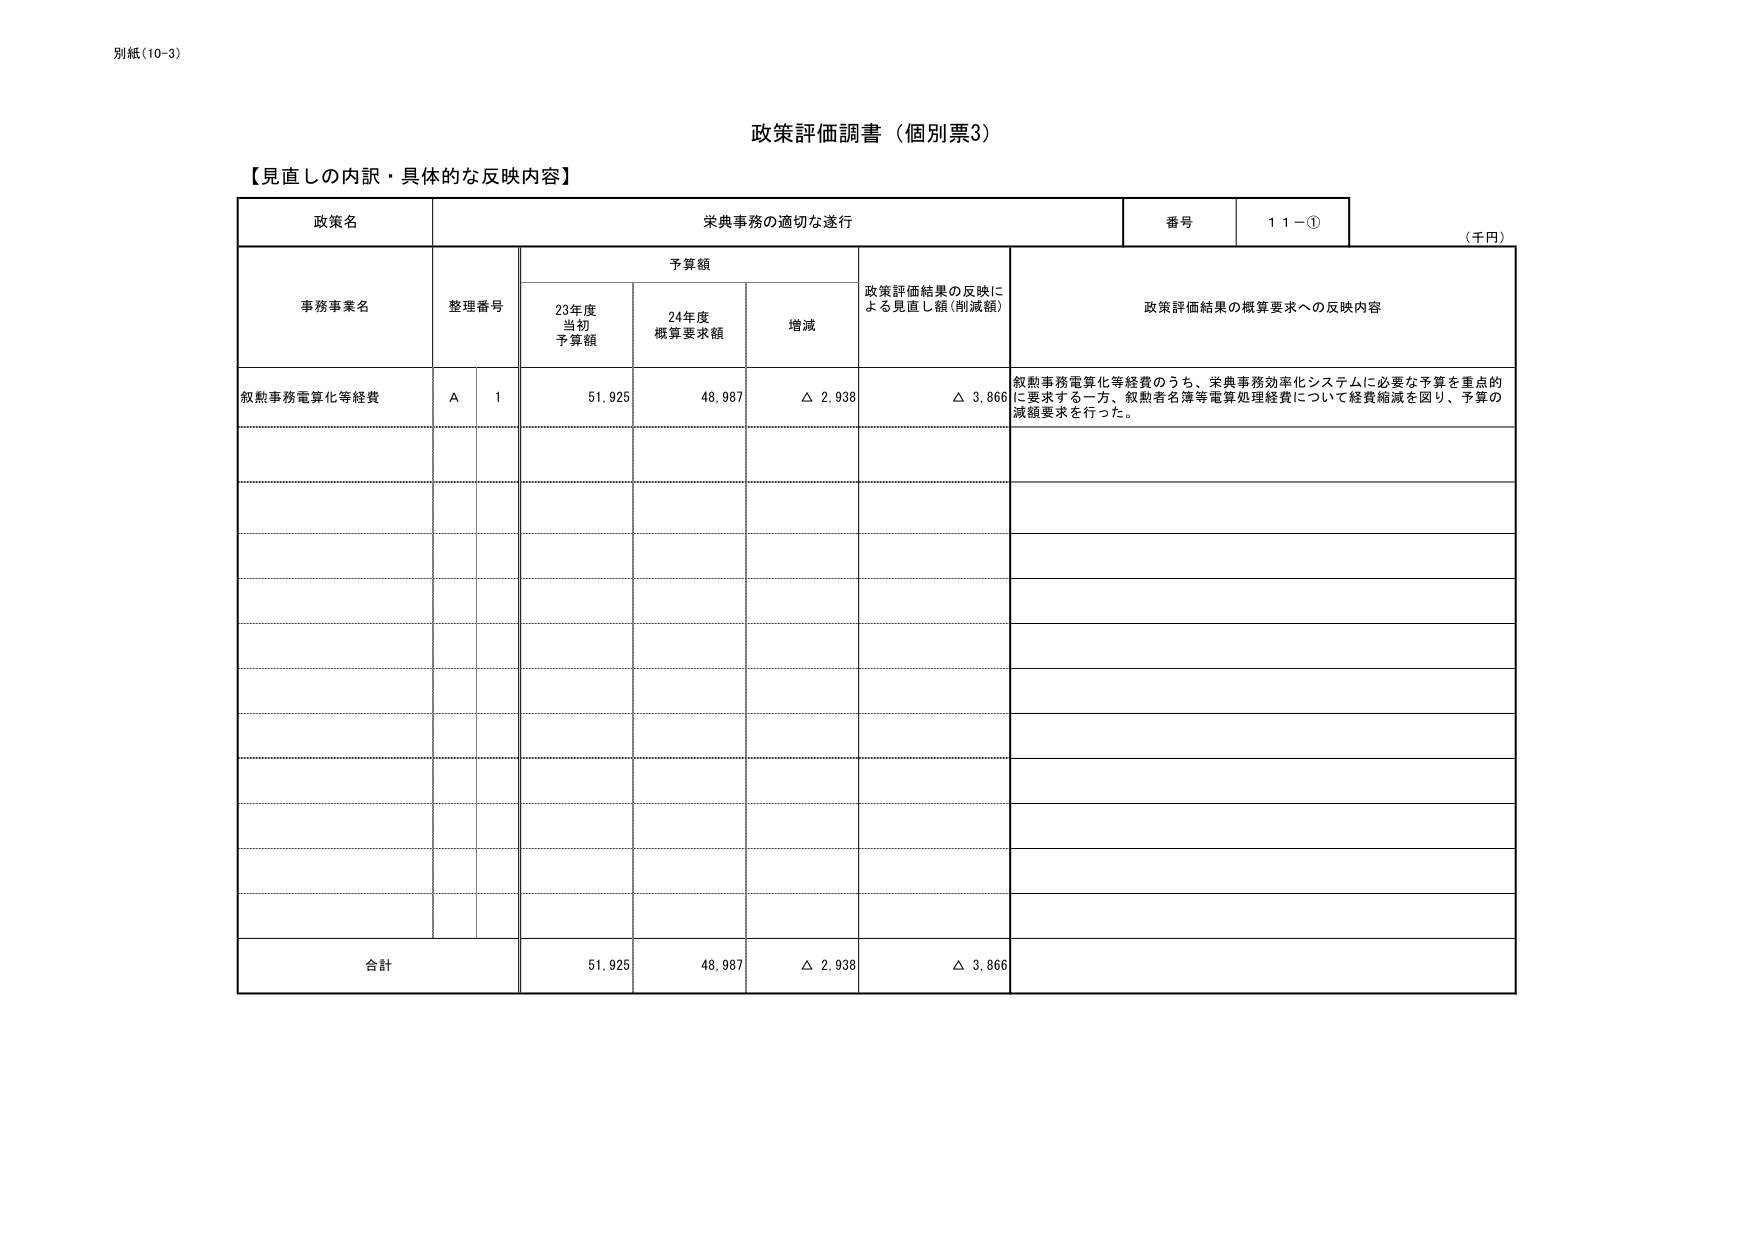
別紙(10-3)

政策評価調書（個別票3）

【見直しの内訳・具体的な反映内容】

政策名